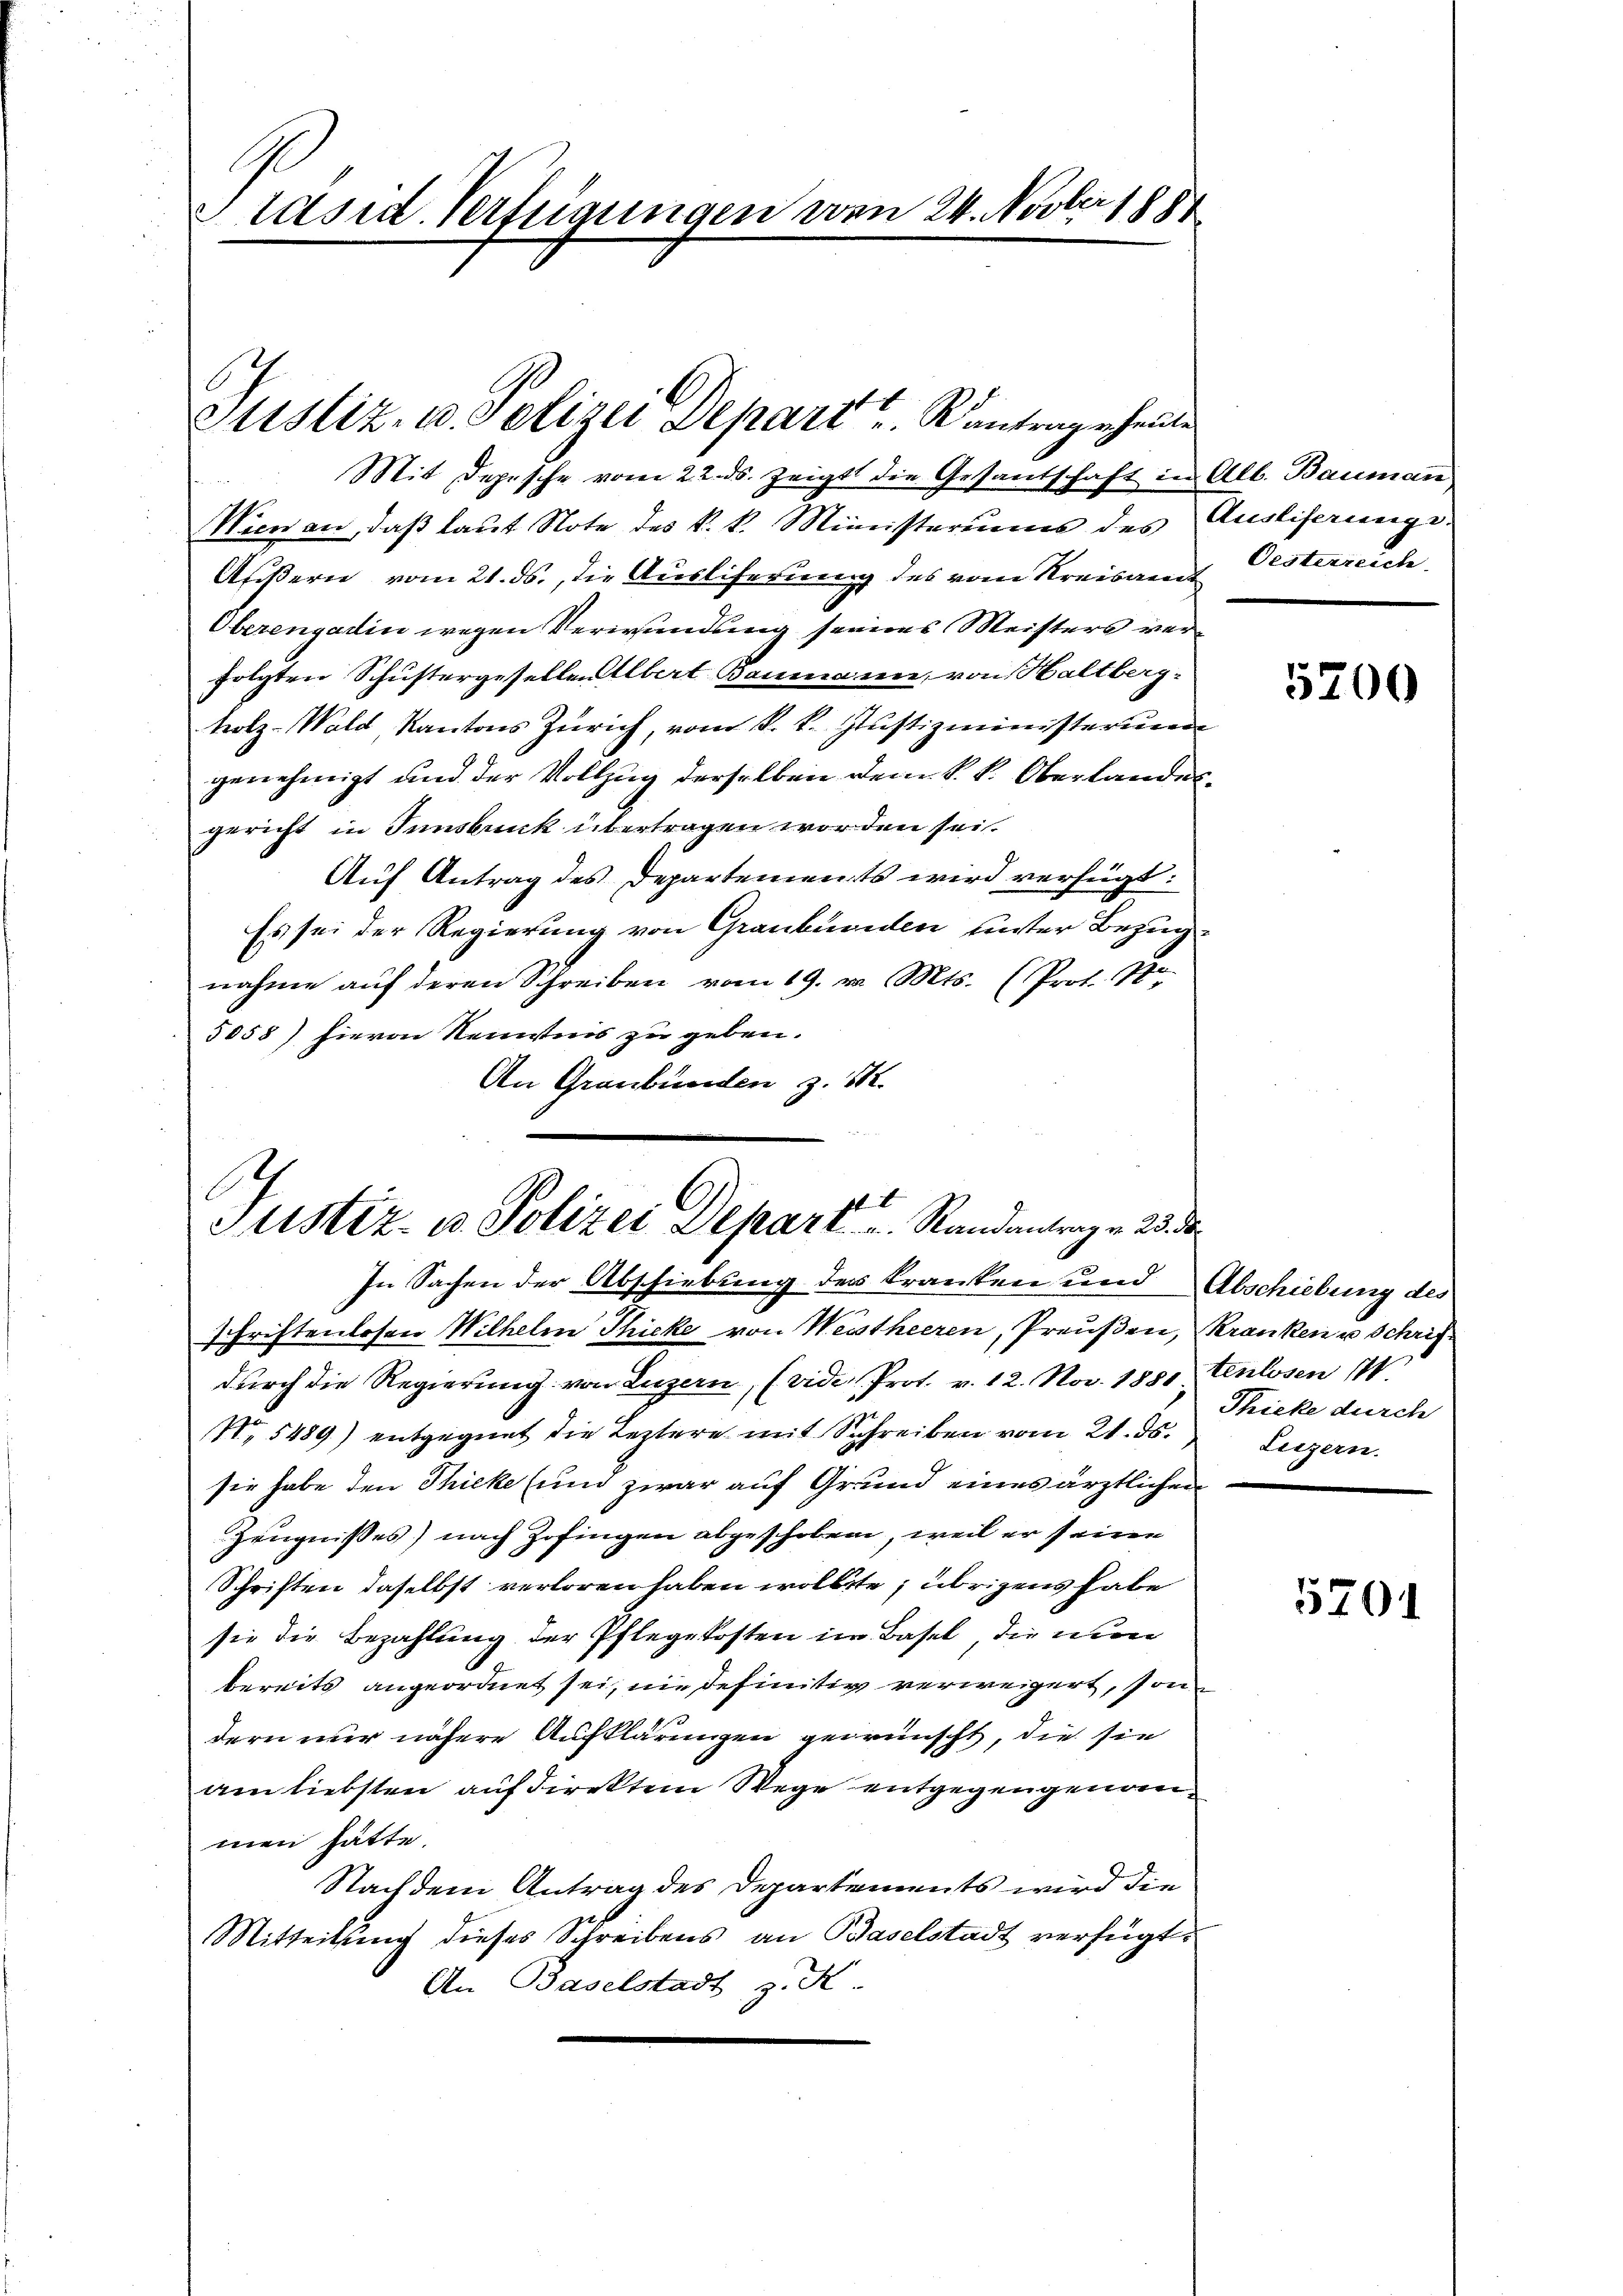
C
Präsid. Verfügungen von 24. Novber 1884

Mit Depesche vom 22. ds. zeigt die Gesantschaft in Alb. Bauman
Wien an, daß laut Note des k. k. Ministeriums des Ausliserunge
Äußern vom 21. ds., die Ausliferung des vom Kreisamt
Oberengadin wegen Verwendung seines Meisters verfolgten Schustergesellen Albert Baumanne, von Haltberg-
tolz-Wald, Kantons Zürich, vom k. k. Justizministerun
genehmigt und der Vollzug derselben dem k. k. Oberlandesgericht in Innsbruck übertragen worden sei.
Auf Antrag des Departements wird verfügt:
Es sei der Regierung von Graubünden unter Bezugnahme auf deren Schreiben vom 19. v. Mts. (Prof. Pro
5058) hievon Kenntnis zu geben.
An Graubünden z. B.

Justiz, u. Polizei Depart u. Kontragen heute

Justiz- u. Polizei Depart u. Randantrage de

In Sachen der Abschiebung der Kranken und Abschiebung des
schriftenlosen Wilhelm Thicke von Weistheeren, Preußen, Kranken u Schrifdurch die Regierung von Luzern, (vide Prot. v. 12. Nov. 1880 tenlosen 11.
No 5489) entgegnet die Leztere mit Schreiben vom 21. ds.
sie habe den Thieke (und zwar auf Grund eines ärztlichen
Zeugnisses) nach Zofingen abgeschoben, weil er seine
Schriften daselbst verloren haben wollte; übrigens habe
sie die Bezahlung der Pflegekosten in Basel, die nun
.
bereits angeordnet sei, nie definitiv verweigert, son
dern nur nähere Aufklärungen gewünscht, die sie
am liebsten auf direktem Wege entgegengenommen hätte.
Nachdem Antrag des Departements wird die
Mitteilung dieses Schreibens an Baselstadt verfügt:
An Baselstadt z. K

Oesterreich

5700

Thicke durch
Liezern.

5701